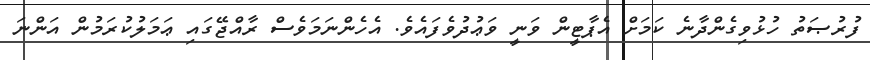
ފުރުޞަތު ހުޅުވިގެންދާނެ ކަމަށް އެޕާޓީން ވަނީ ވަޢުދުވެފައެވެ. އެހެންނަމަވެސް ރާއްޖޭގައި ޢަމަލުކުރަމުން އަންނަ